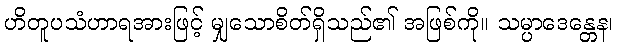
ဟိတူပသံဟာရအားဖြင့် မျှသောစိတ်ရှိသည်၏ အဖြစ်ကို။ သမ္ပာဒေန္တေန၊